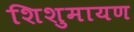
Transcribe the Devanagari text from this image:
शिशुमायण